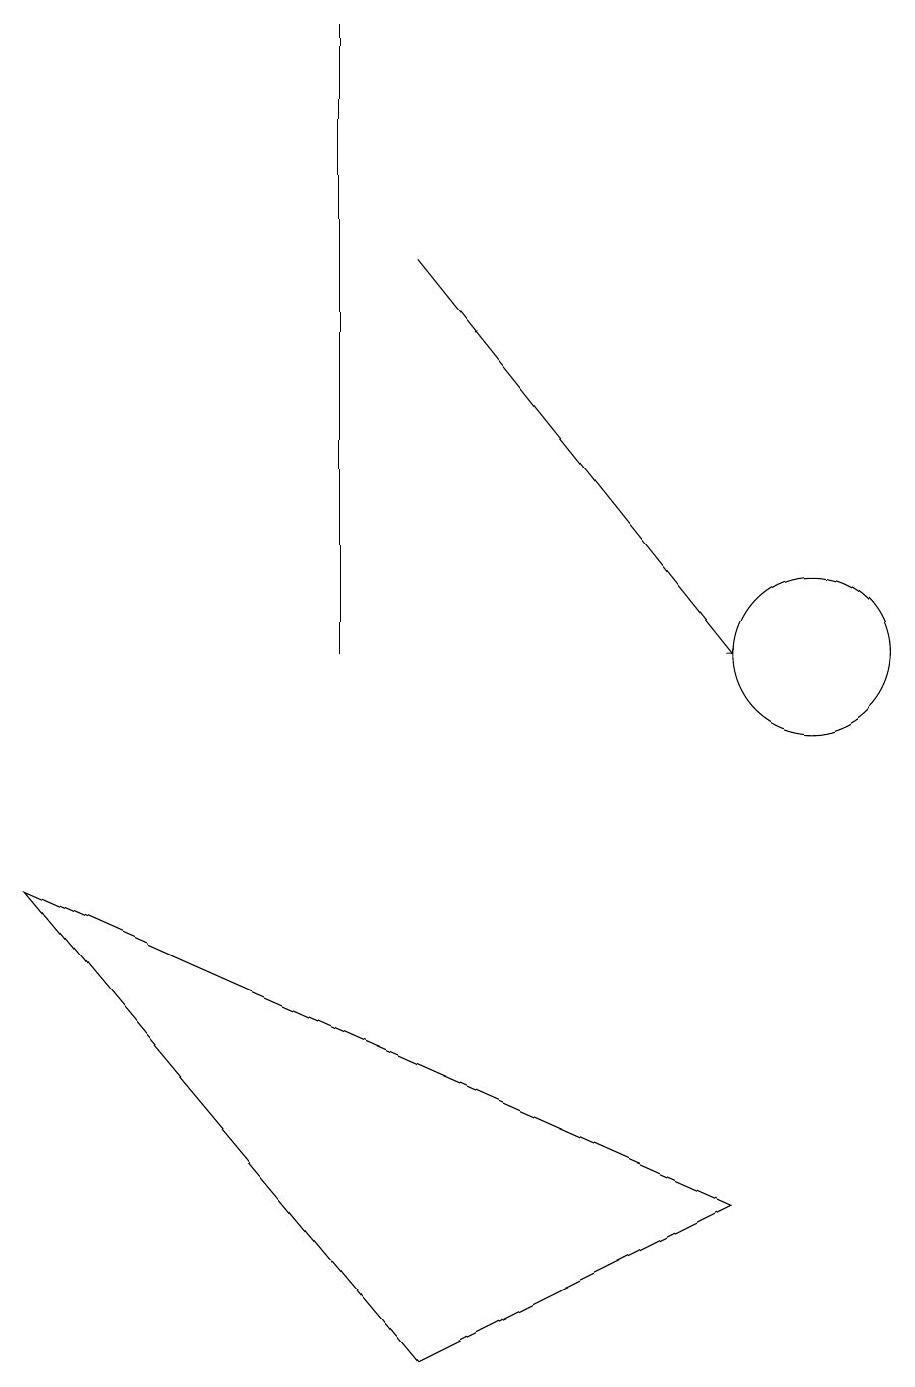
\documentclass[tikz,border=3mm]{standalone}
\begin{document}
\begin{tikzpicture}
\draw (10,10) circle (1);
\draw[->] (5,15) -- (9,10);
\draw (5,1) -- (0,7) -- (9,3) -- cycle;
\draw (4,10) rectangle (4,18);
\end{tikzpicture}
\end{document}